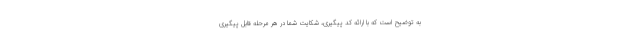
به توضیح است که با ارائه کد پیگیری، شکایت شما در هر مرحله قابل پیگیری